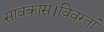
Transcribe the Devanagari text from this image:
सावकास।विवरतां